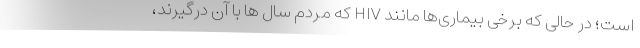
است؛ در حالی که برخی بیماری‌ها مانند HIV که مردم سال ها با آن درگیرند،